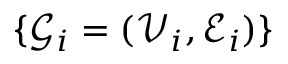
\{ \mathcal { G } _ { i } = ( \mathcal { V } _ { i } , \mathcal { E } _ { i } ) \}